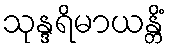
သုန္ဒရိမာယန္တိံ